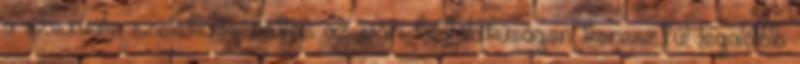
a szexuális szelekciós hatás az ivari kétalakúságon keresztül legalább